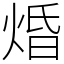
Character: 焝